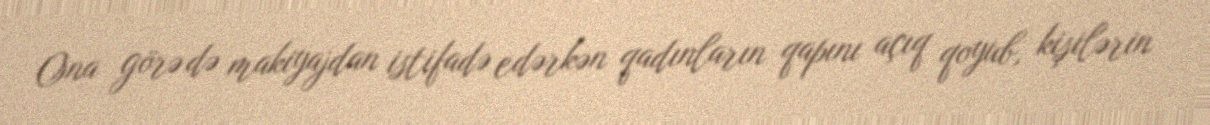
Ona görə də makiyajdan istifadə edərkən qadınların qapını açıq qoyub, kişilərin